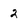
Character: 2